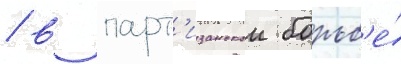
/ в парт'изанскои борьб'е́